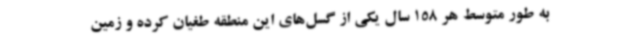
به طور متوسط هر 158 سال یکی از گسل‌های این منطقه طغیان کرده و زمین